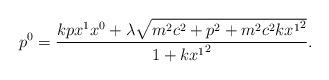
LaTeX: \begin{align*}p^{0}=\frac{kpx^1x^{0}+\lambda\sqrt{m^{2}c^{2}+p^{2}+m^{2}c^{2}k{x^{1}}^2}}{1+k{x^{1}}^2} . \end{align*}